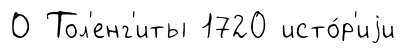
О Тол'енг'иты 1720 исто́р'иjи